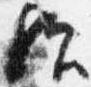
歟